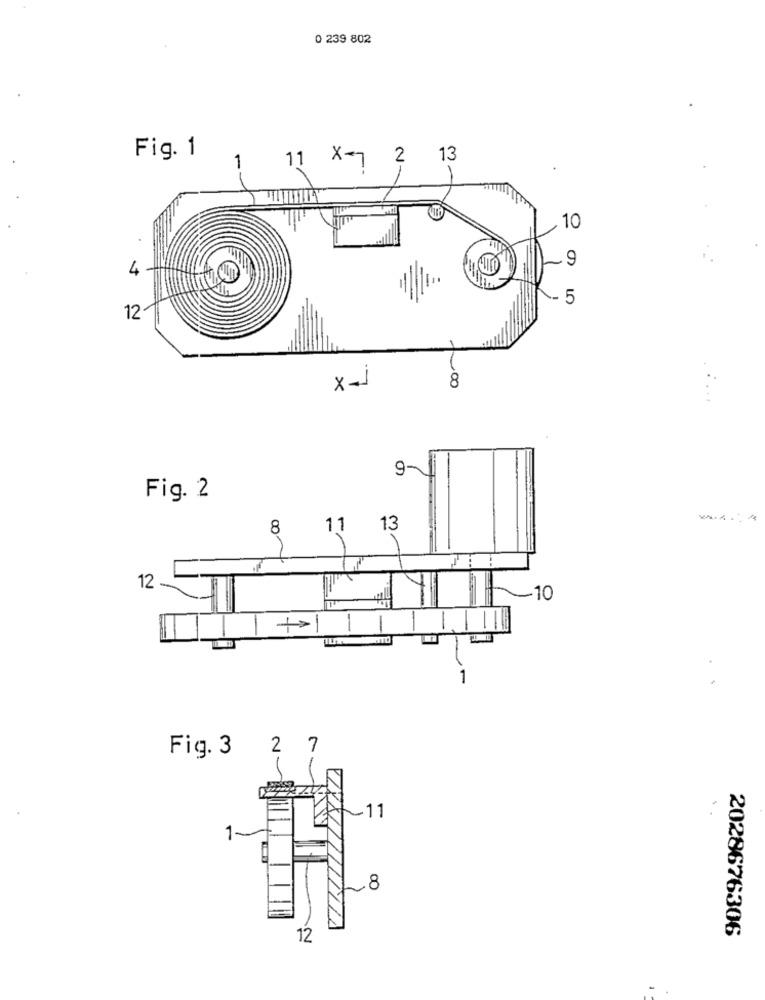
0 239 802
Fig. 1
11 X=7
2
13
--
10
~9
4
- 5
12
8
X-1
...
9-
Fig. 2
----
8
11
13
12
10
-
-
Fig. 3 2 7
11
1-
8
2028676306
12